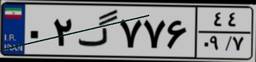
۰۲گ۷۷۶۴۴